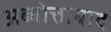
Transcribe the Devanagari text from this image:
अब्बोत्ताबाद